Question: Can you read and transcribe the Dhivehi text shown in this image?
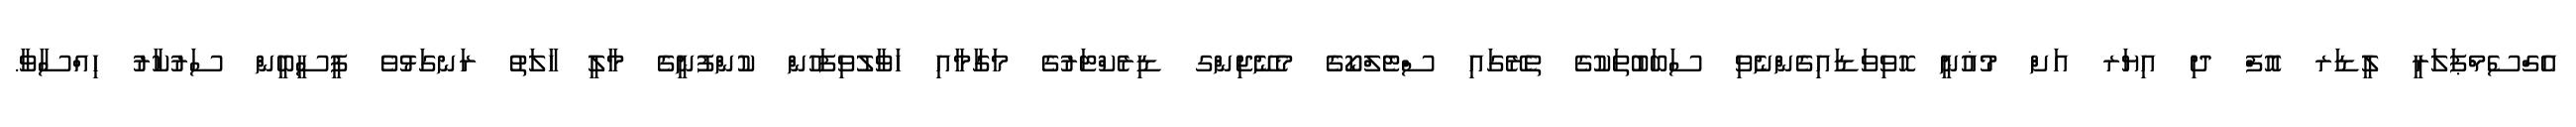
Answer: އެގްސެމްޕަލަރީ ލީޑަރ އޮފް ދި އިޔަރ އަށް މުޣުނީ ހޮވިވަޑައިގެންނެވި ސަބަބުތަކުގެ ތެރޭގައި ސްޓެލްކޯގެ މެނޭޖިންގ ޑިރެކްޓަރުގެ މަގާމާއި ހަވާލުވިފަހުން ކުންފުނީގެ މާލީ ހާލަތު ރަނގަޅުވެ ޕީސީބީން ސަރުކާރު ހިއްސާވާ.